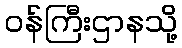
ဝန်ကြီးဌာနသို့